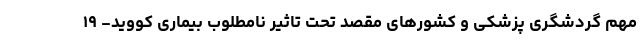
مهم گردشگری پزشکی و کشورهای مقصد تحت تاثیر نامطلوب بیماری کووید- ۱۹